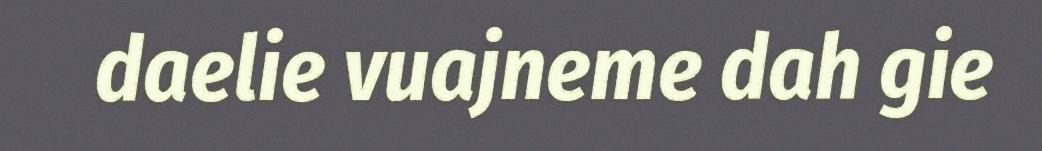
daelie vuajneme dah gie